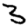
Digit: 3